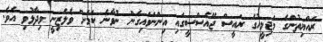
ރައްޔިތުންގެ މަޖިލީހުގެ ރައީސް ޖޭއެސްސީގައި އިންނަވައިގެން ނުވާނެ ކަމަށް ވެލެޒިނީ ވިދާޅުވި އެވެ.